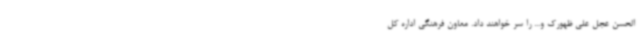
الحسن عجل علی ظهورک و... را سر خواهند داد. معاون فرهنگی اداره کل